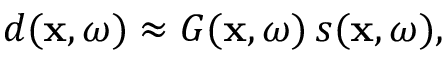
\begin{array} { r } { d ( \mathbf { x } , \omega ) \approx G ( \mathbf { x } , \omega ) \, s ( \mathbf { x } , \omega ) , } \end{array}